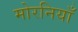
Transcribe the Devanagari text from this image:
मोरनियाँ